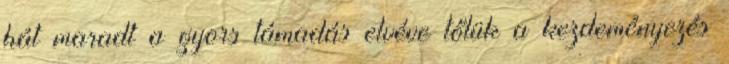
hát maradt a gyors támadás elvéve tőlük a kezdeményezés